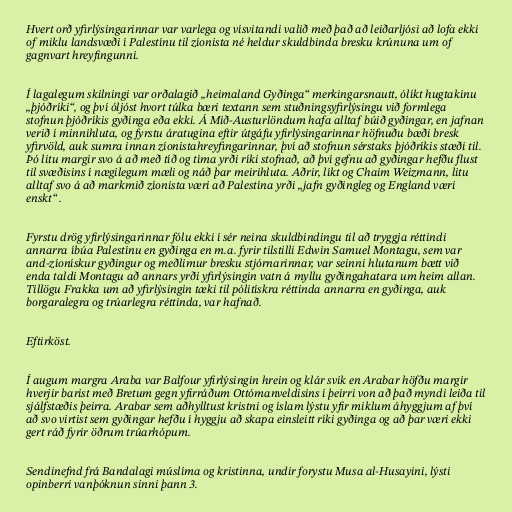
Hvert orð yfirlýsingarinnar var varlega og vísvitandi valið með það að leiðarljósi að lofa ekki
of miklu landsvæði í Palestínu til zíonista né heldur skuldbinda bresku krúnuna um of
gagnvart hreyfingunni.

Í lagalegum skilningi var orðalagið „heimaland Gyðinga“ merkingarsnautt, ólíkt hugtakinu
„þjóðríki“, og því óljóst hvort túlka bæri textann sem stuðningsyfirlýsingu við formlega
stofnun þjóðríkis gyðinga eða ekki. Á Mið-Austurlöndum hafa alltaf búið gyðingar, en jafnan
verið í minnihluta, og fyrstu áratugina eftir útgáfu yfirlýsingarinnar höfnuðu bæði bresk
yfirvöld, auk sumra innan zíonistahreyfingarinnar, því að stofnun sérstaks þjóðríkis stæði til.
Þó litu margir svo á að með tíð og tíma yrði ríki stofnað, að því gefnu að gyðingar hefðu flust
til svæðisins í nægilegum mæli og náð þar meirihluta. Aðrir, líkt og Chaim Weizmann, litu
alltaf svo á að markmið zíonista væri að Palestína yrði „jafn gyðingleg og England væri
enskt“ .

Fyrstu drög yfirlýsingarinnar fólu ekki í sér neina skuldbindingu til að tryggja réttindi
annarra íbúa Palestínu en gyðinga en m.a. fyrir tilstilli Edwin Samuel Montagu, sem var
and-zíonískur gyðingur og meðlimur bresku stjórnarinnar, var seinni hlutanum bætt við
enda taldi Montagu að annars yrði yfirlýsingin vatn á myllu gyðingahatara um heim allan.
Tillögu Frakka um að yfirlýsingin tæki til pólitískra réttinda annarra en gyðinga, auk
borgaralegra og trúarlegra réttinda, var hafnað.

Eftirköst.

Í augum margra Araba var Balfour yfirlýsingin hrein og klár svik en Arabar höfðu margir
hverjir barist með Bretum gegn yfirráðum Ottómanveldisins í þeirri von að það myndi leiða til
sjálfstæðis þeirra. Arabar sem aðhylltust kristni og íslam lýstu yfir miklum áhyggjum af því
að svo virtist sem gyðingar hefðu í hyggju að skapa einsleitt ríki gyðinga og að þar væri ekki
gert ráð fyrir öðrum trúarhópum.

Sendinefnd frá Bandalagi múslíma og kristinna, undir forystu Musa al-Husayini, lýsti
opinberri vanþóknun sinni þann 3.